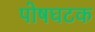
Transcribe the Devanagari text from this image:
पोषघटक